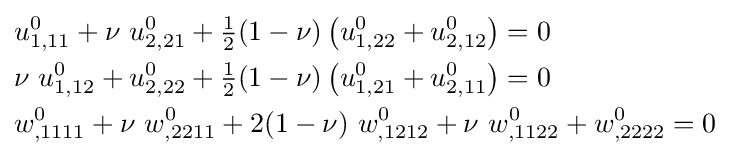
{\begin{aligned}&u_{1,11}^{0}+\nu ~u_{2,21}^{0}+{\tfrac {1}{2}}(1-\nu )\left(u_{1,22}^{0}+u_{2,12}^{0}\right)=0\\&\nu ~u_{1,12}^{0}+u_{2,22}^{0}+{\tfrac {1}{2}}(1-\nu )\left(u_{1,21}^{0}+u_{2,11}^{0}\right)=0\\&w_{,1111}^{0}+\nu ~w_{,2211}^{0}+2(1-\nu )~w_{,1212}^{0}+\nu ~w_{,1122}^{0}+w_{,2222}^{0}=0\end{aligned}}